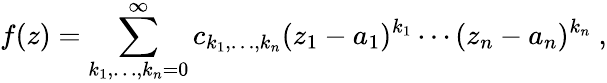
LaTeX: f(z)=\sum_{k_{1},\dots,k_{n}=0}^{\infty}c_{k_{1},\dots,k_{n}}(z_{1}-a_{1})^{k_{1}}\cdots(z_{n}-a_{n})^{k_{n}}\ ,